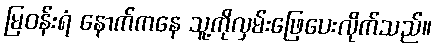
မြဝန်းရံ နောက်ကနေ သူ့ကိုလှမ်းဖြေပေးလိုက်သည်။